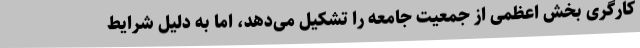
کارگری بخش اعظمی از جمعیت جامعه را تشکیل می‌دهد، اما به دلیل شرایط